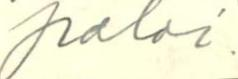
paloi.